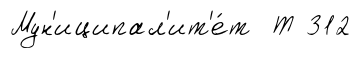
Мун'иципал'ит'е́т Т 312